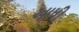
આધી